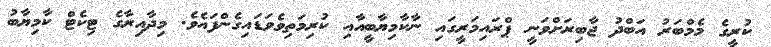
ކުރީގެ މެމްބަރު އަބްދު ޖާބިރަށްވަނީ ޕްރައިމަރީގައި ނާކާމިޔާބީއާއި ކުރިމަތިވެވަޑައިގެންފައެވެ. މިދާއިރާގެ ޓިކެޓް ކާމިޔާބު